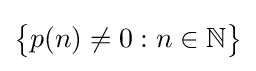
{\begin{Bmatrix}p(n)\neq 0:n\in \mathbb {N} \end{Bmatrix}}